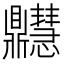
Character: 𪔊